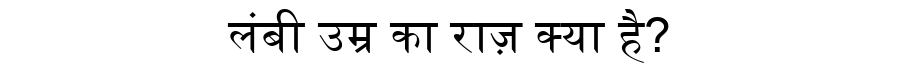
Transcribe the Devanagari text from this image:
लंबी उम्र का राज़ क्या है?